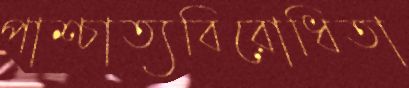
পাশ্চাত্যবিরোধিতা